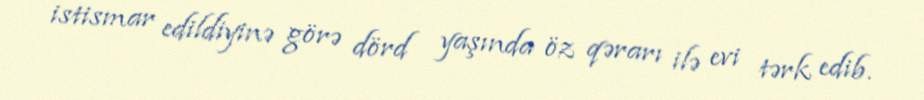
istismar edildiyinə görə dörd yaşında öz qərarı ilə evi tərk edib.